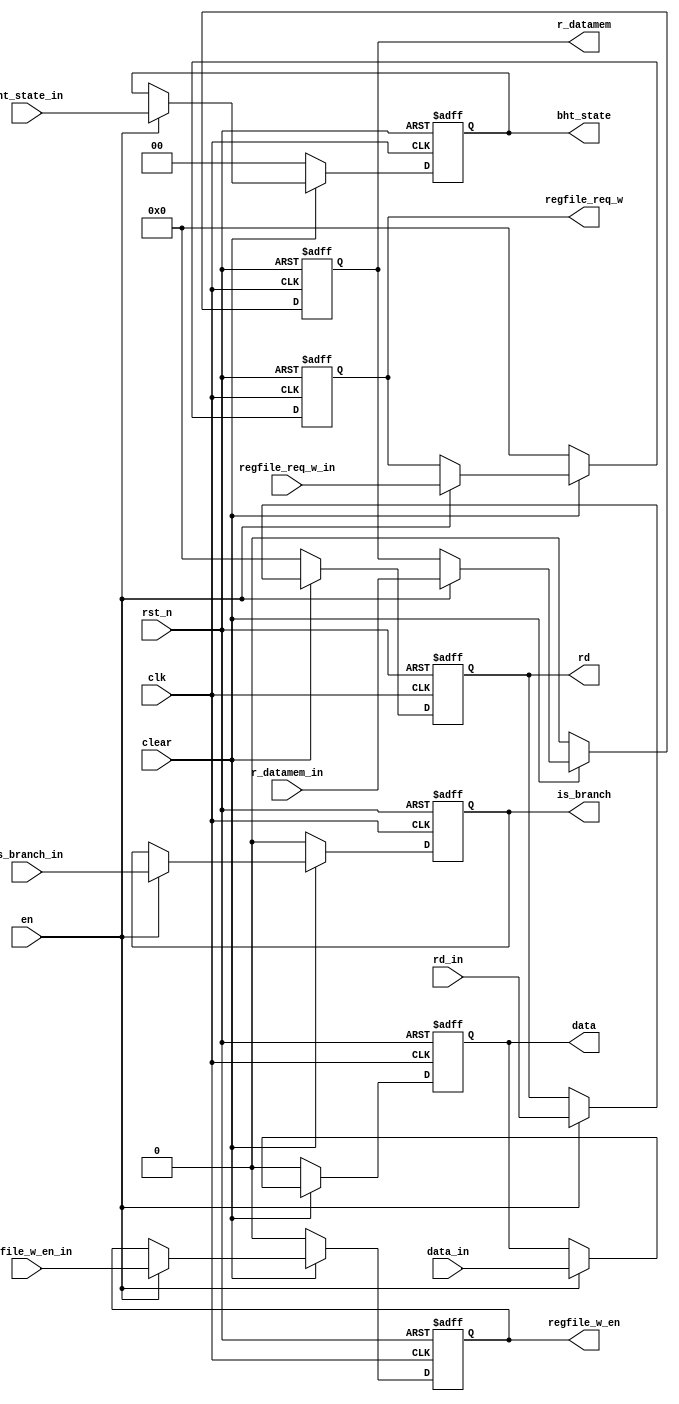
module SynPS3(
    input clk,
    input rst_n,
    input en,       
    input clear,
    input data_in,
    input [4:0] rd_in,
    input regfile_w_en_in,
    input [4:0] regfile_req_w_in,
    input r_datamem_in,
    input [1:0] bht_state_in,
    input is_branch_in,
    output reg data,
    output reg [4:0] rd,
    output reg regfile_w_en,
    output reg [4:0] regfile_req_w,
    output reg r_datamem,
    output reg [1:0] bht_state,
    output reg is_branch
);
    always @(posedge clk, negedge rst_n) begin
        if (!rst_n) begin 
            data <= 0;
            rd <= 0;
            regfile_w_en <= 0;
            regfile_req_w <= 0;
            r_datamem <= 0;
            bht_state <= 0;
            is_branch <= 0;
        end else if(!clear) begin
            data <= 0;
            rd <= 0;
            regfile_w_en <= 0;
            regfile_req_w <= 0;
            r_datamem <= 0;
            bht_state <= 0;
            is_branch <= 0;
        end else if(en) begin
            data <= data_in;
            rd <= rd_in;
            regfile_w_en <= regfile_w_en_in;
            regfile_req_w <= regfile_req_w_in;
            r_datamem <= r_datamem_in;
            bht_state <= bht_state_in;
            is_branch <= is_branch_in;
        end
    end
endmodule